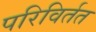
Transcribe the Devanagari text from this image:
परिविर्तत